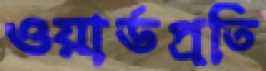
ওয়ার্ডপ্রতি